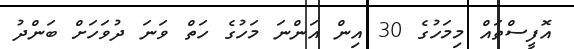
އޮފީސްތައް މިމަހުގެ 30 އިން އަންނަ މަހުގެ ހަތް ވަނަ ދުވަހަށް ބަންދު